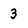
Character: 3